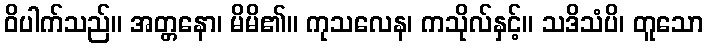
ဝိပါက်သည်။ အတ္တနော၊ မိမိ၏။ ကုသလေန၊ ကသိုလ်နှင့်။ သဒိသံပိ၊ တူသော